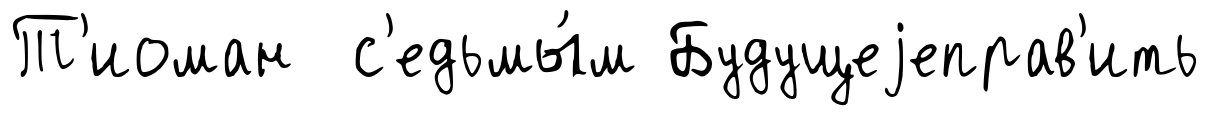
Т'иоман с'едьмы́м Будущеjеправ'ить